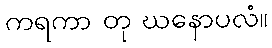
ကရကာ တု ဃနောပလံ။